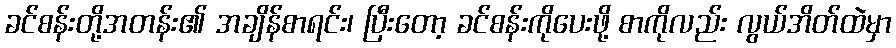
ခင်စန်းတို့အတန်း၏ အချိန်စာရင်း၊ ပြီးတော့ ခင်စန်းကိုပေးဖို့ စာကိုလည်း လွယ်အိတ်ထဲမှာ